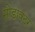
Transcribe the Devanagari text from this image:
सोडावटर